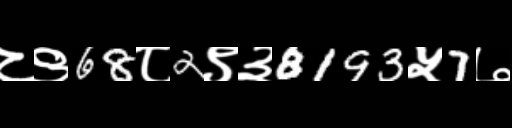
Text: ८९68८2९३8193५7७